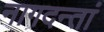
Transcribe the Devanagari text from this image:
नागदन्तां